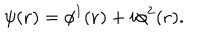
LaTeX: \psi ( { \bf r } ) = \phi ^ { 1 } ( { \bf r } ) + i \phi ^ { 2 } ( { \bf r } ) .